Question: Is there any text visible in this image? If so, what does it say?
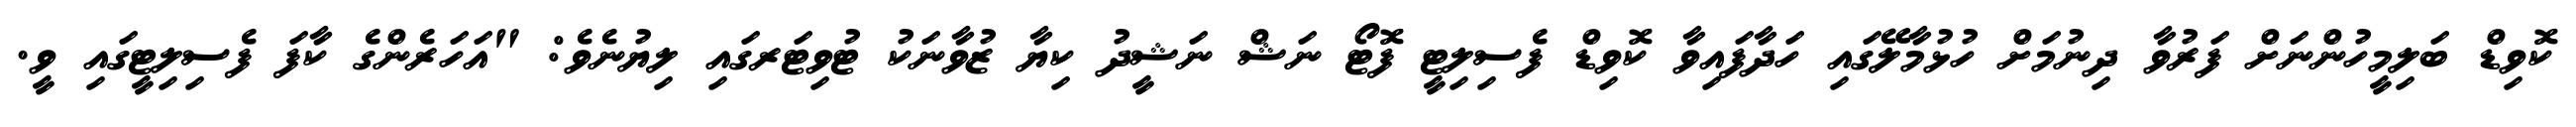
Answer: ކޮވިޑް ބަލިމީހުންނަށް ފަރުވާ ދިނުމަށް ހުޅުމާލޭގައި ހަދާފައިވާ ކޮވިޑް ފެސިލިޓީ ފޮޓޯ ނަޝް ނަޝީދު ކިޔާ ޒުވާނަކު ޓުވިޓަރގައި ލިޔުނެވެ: "އަހަރެންގެ ކާފަ ފެސިލިޓީގައި ވީ.